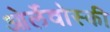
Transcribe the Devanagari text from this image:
ओर्लेवोस्की